Source: Handwritten
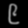
Digit: ၉ (9)